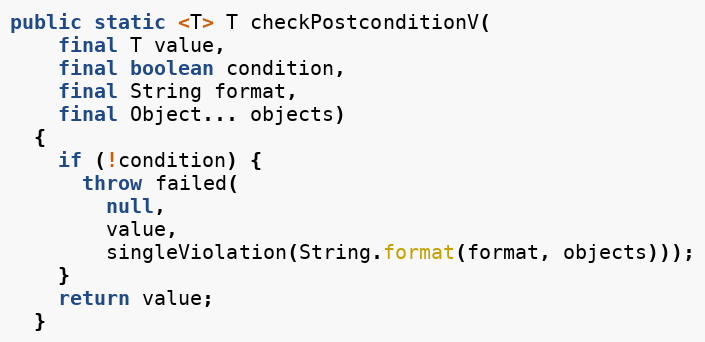
Language: Java
public static <T> T checkPostconditionV(
    final T value,
    final boolean condition,
    final String format,
    final Object... objects)
  {
    if (!condition) {
      throw failed(
        null,
        value,
        singleViolation(String.format(format, objects)));
    }
    return value;
  }